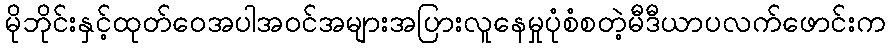
မိုဘိုင်းနှင့်ထုတ်ဝေအပါအဝင်အများအပြားလူနေမှုပုံစံစတဲ့မီဒီယာပလက်ဖောင်းက